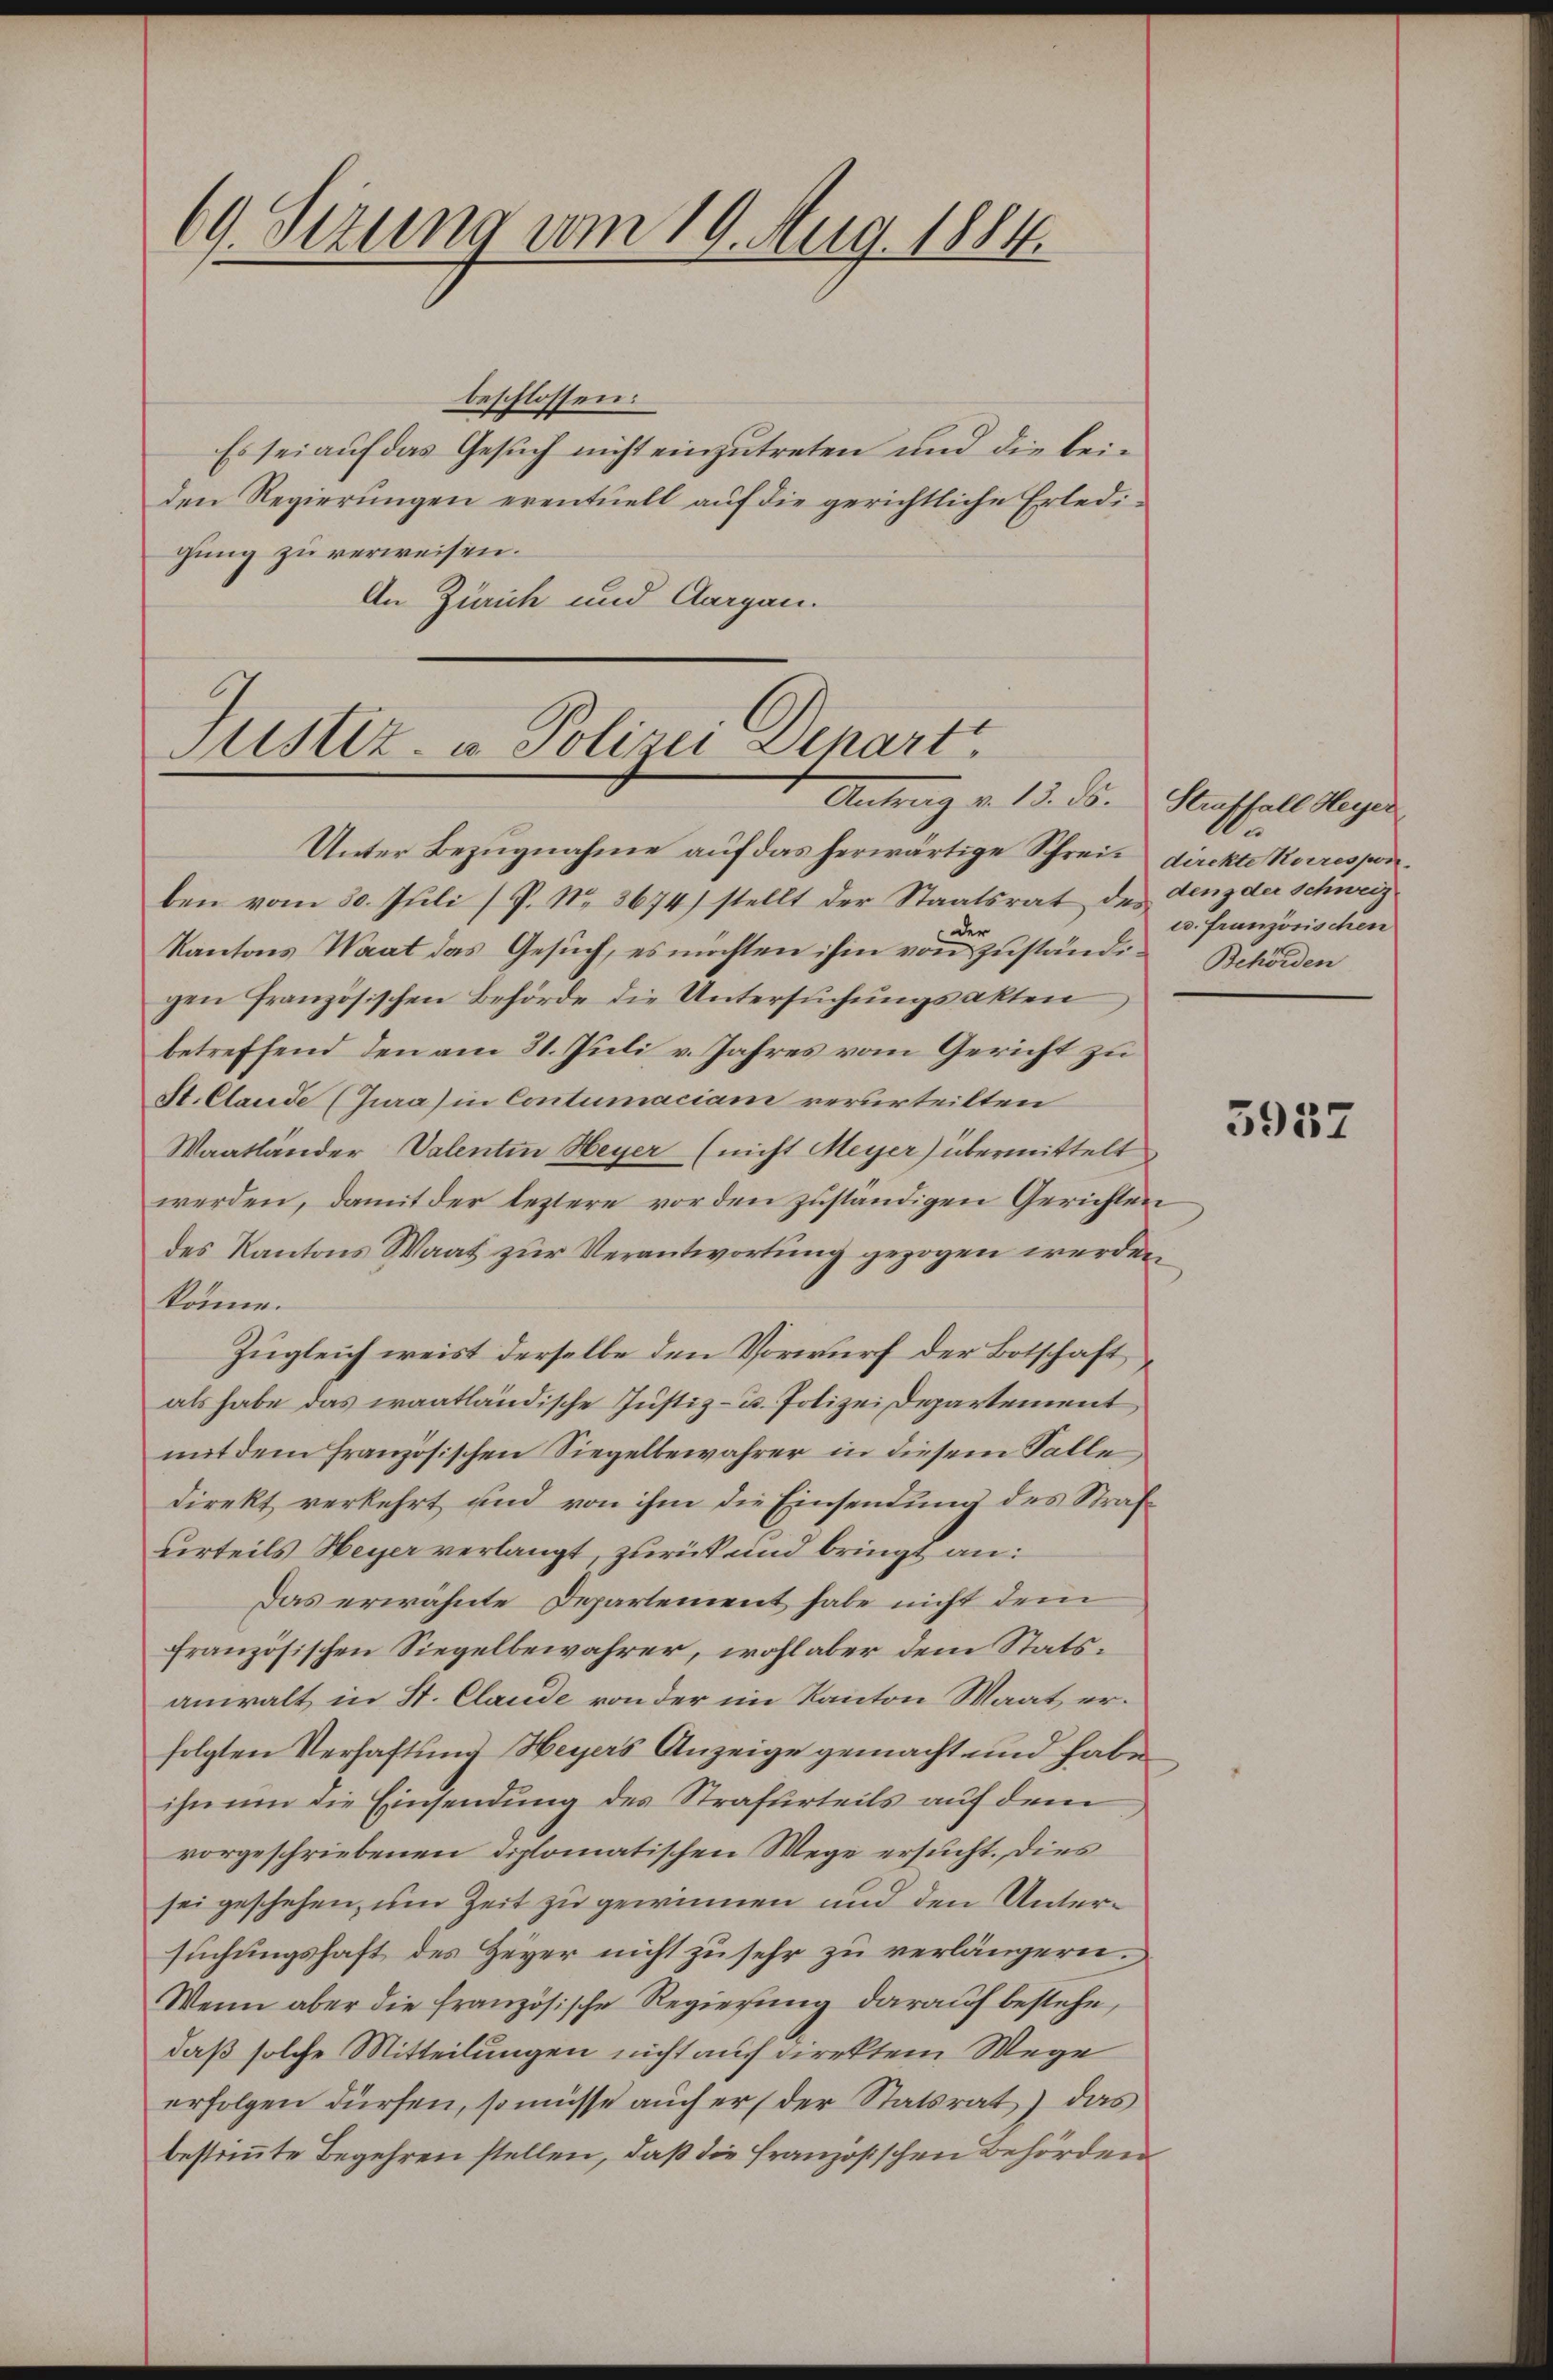
69. Sezung vom 19. Aug. 1884.

beschlossen:
Es sei auf das Gesuch nicht einzutreten und die beiden Regierungen eventuell auf die gerichtliche Erledigung zu verweisen.
An Zürich und Aargau.

Justiz- & Polizei Denart
Antrag v. 13. ds. Straffall Heyer

Unter Bezŭgnahme aŭf das herwärtige Schreit direkte Korresponben vom 30. Juli (P. Nr. 3674) stellt der Staatsrat des Lenz der Schweiz
der
Kantons Waat das Gesŭch, es möchten ihm von Zŭständi- Behörden
gen französischen Behörde die Untersuchungsakten
betreffend den am 31. Juli v. Jahres vom Gericht zu
St. Claude (Jura) in Contumaciam verurteilten
Waatländer, Valentin Heyer (nicht Meyer) übermittelt
werden, damit der leztere vor den zuständigen Gerichten
des Kantons Waat zur Verantwortung gezogen werden
könne.
Zugleich weist derselbe den Vorwurf der Botschaft
als habe das waatländische Justiz- u. Polizei Departement
mit dem Französischen Siegelbewahrer in diesem Falle
direkt verkehrt und von ihm die Einsendung des Strafurteils Heyer verlangt, zurück und bringt an:
Das erwähnte Departement habe nicht dem
französischen Siegelbewahrer, wohl aber dem Statsanwalt in St. Claude von der im Kanton Maat erfolgten Verhaftung Heyers Anzeige gemacht und habe
ihn um die Einsendung des Strafurteils auf dem
vorgeschriebenen Diplomatischen Wege ersucht. Dies
sei geschehen, um Zeit zu gewinnen und den Untersuchungshaft des Zeyer nicht zu sehr zu verlängern.
Wenn aber die französische Regierung darauf bestehe,
daß solche Mitteilungen nicht auf direktem Wege
erfolgen dürfen, so müsse auch er (der Statsrat) das
bestimmte Begehren stellen, daß die französischen Behörden

e
c. Französischen

3957